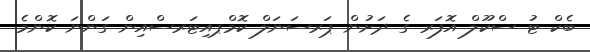
ބެކް ޓު ސްކޫލް އޮފަރ ގެ ދަށުން ޕަރސަނަލް ކޮމްޕއިޓަރސްއިން ގަންނަ ކޮންމެ